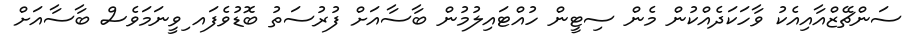
ސަންޗޭޒްއާއިއެކު ވާހަކަދެއްކުން މެން ސިޓީން ހުއްޓައިލުމުން ބާސާއަށް ފުރުސަތު ބޮޑުވެފައ ިވީނަމަވެސް ބާސާއަށް